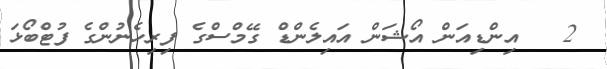
2   އިންޑިއަން އޯޝަން އައިލެންޑް ގޭމްސްގެ ފިރިހެނުންގެ ފުޓްބޯޅަ